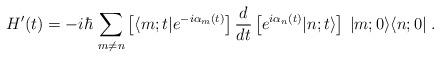
LaTeX: \begin{align*}H'(t)=-i\hbar\,\sum_{m\neq n}\left[ \langle m;t|e^{-i\alpha_m(t)}\right]\frac{d}{dt}\left[ e^{i\alpha_n(t)}|n;t\rangle\right]\:|m;0\rangle\langle n;0| \;.\end{align*}